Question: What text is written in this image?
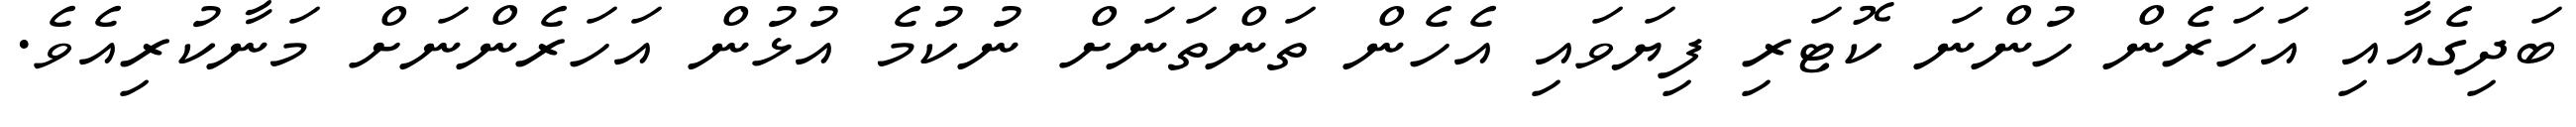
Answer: ބަދިގެއާއި އަހަރެން ހުންނަ ކޮޓަރި ފިޔަވައި އެހެން ތަންތަނަށް ނުކުމެ އުޅުން އަހަރެންނަށް މަނާކުރިއެވެ.